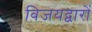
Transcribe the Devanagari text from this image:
विजयद्वारों